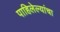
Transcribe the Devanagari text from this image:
पाहिलेल्यांचा